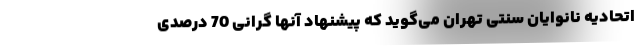
اتحادیه نانوایان سنتی تهران می‌گوید که پیشنهاد آنها گرانی 70 درصدی